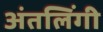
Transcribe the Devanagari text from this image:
अंतलिंगी